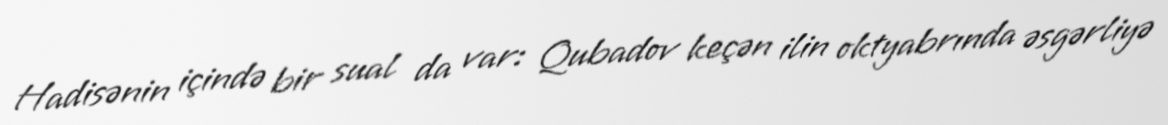
Hadisənin içində bir sual da var: Qubadov keçən ilin oktyabrında əsgərliyə